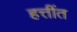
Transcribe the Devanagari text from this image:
हत्तींत